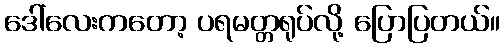
ဒေါ်လေးကတော့ ပရမတ္တရုပ်လို့ ပြောပြတယ်။